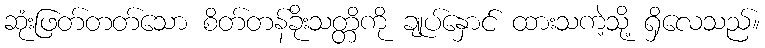
ဆုံးဖြတ်တတ်သော စိတ်တန်ခိုးသတ္တိကို ချုပ်နှောင် ထားသကဲ့သို့ ရှိလေသည်။